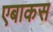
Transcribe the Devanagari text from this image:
एबाकस